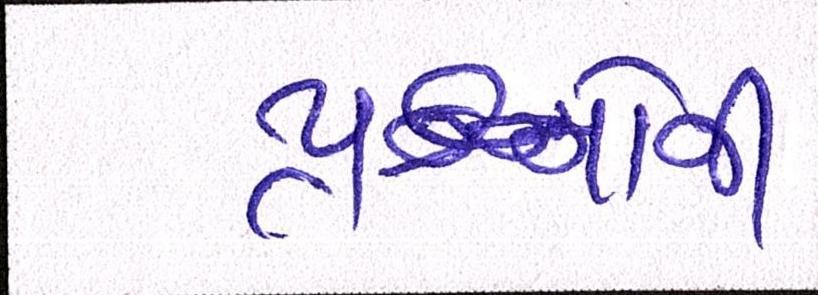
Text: પ્રશ્નોની